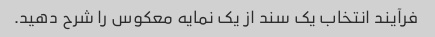
فرآیند انتخاب یک سند از یک نمایه معکوس را شرح دهید.